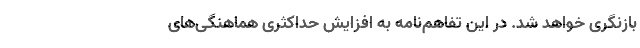
بازنگری خواهد شد. در این تفاهم‌نامه به افزایش حداکثری هماهنگی‌های